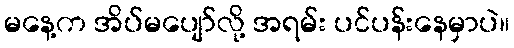
မနေ့က အိပ်မပျော်လို့ အရမ်း ပင်ပန်းနေမှာပဲ။